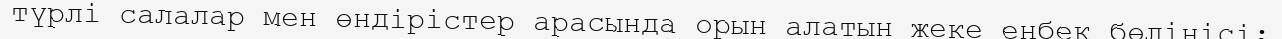
түрлі салалар мен өндірістер арасында орын алатын жеке еңбек бөлінісі;